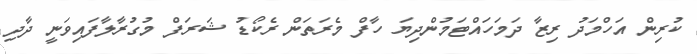
ކުރިން އަހްމަދު ރިޒާ ދަމަހައްޓަމުންދިޔަ ހާފް މެރަތަން ރެކޯޑު ޝަރަފް މުގުރާލާފައިވަނީ ދާދި